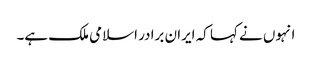
انہوں نے کہا کہ ایران برادر اسلامی ملک ہے۔